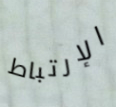
الإرتباط